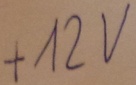
Text: +12V